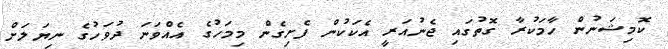
ކޮމިޝަނުން ހާމަކުރާ ގޮތުގައި ޖެނުއަރީ އެކަކުން ފެށިގެން މިމަހުގެ އެއްވަނަ ދުވަހުގެ ނިޔަލަށް